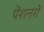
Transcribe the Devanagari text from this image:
पेंशनरों